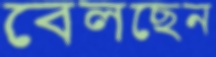
বেলছেন